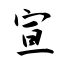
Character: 宣